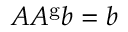
A A ^ { \mathrm { g } } b = b